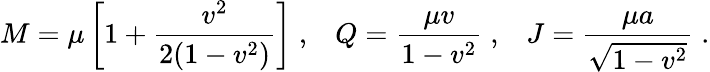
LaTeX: M=\mu\left[1+{\frac{v^{2}}{2(1-v^{2})}}\right]\; ,\; \; \; Q={\frac{\mu v}{1-v^{2}}}\; ,\; \; \; J={\frac{\mu a}{\sqrt{1-v^{2}}}}\; .